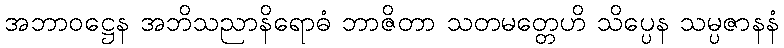
အဘာဝဋ္ဌေန အဘိသညာနိရောဓံ ဘာဇိတာ သတမတ္တေဟိ သိပ္ပေန သမ္ပဇာနနံ